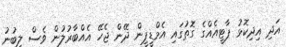
އަދި އިދިކޮޅު ޕާޓީއެއްގެ ގޮތުގައި އެމްޑީޕީން ދޭން ޖެހޭ އެއްބާރުލުން ވެސް ލިބުނު